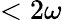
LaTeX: <2\omega